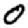
Digit: 0